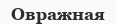
Овражная